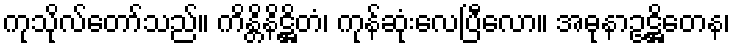
ကုသိုလ်တော်သည်။ ကိန္တိနိဋ္ဌိတံ၊ ကုန်ဆုံးလေပြီလော။ အဓုနာဥဋ္ဌိတေန၊